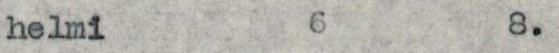
helmi 6 8.